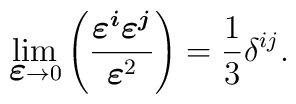
\lim_{{\mbox{\boldmath$\varepsilon$}}\to 0}\left(\frac{\mbox{{\boldmath$\varepsilon^i$}}\mbox{{\boldmath$\varepsilon^j$}}}{{\mbox{\boldmath$\varepsilon$}}^2}\right)=\frac{1}{3}\delta^{ij}.